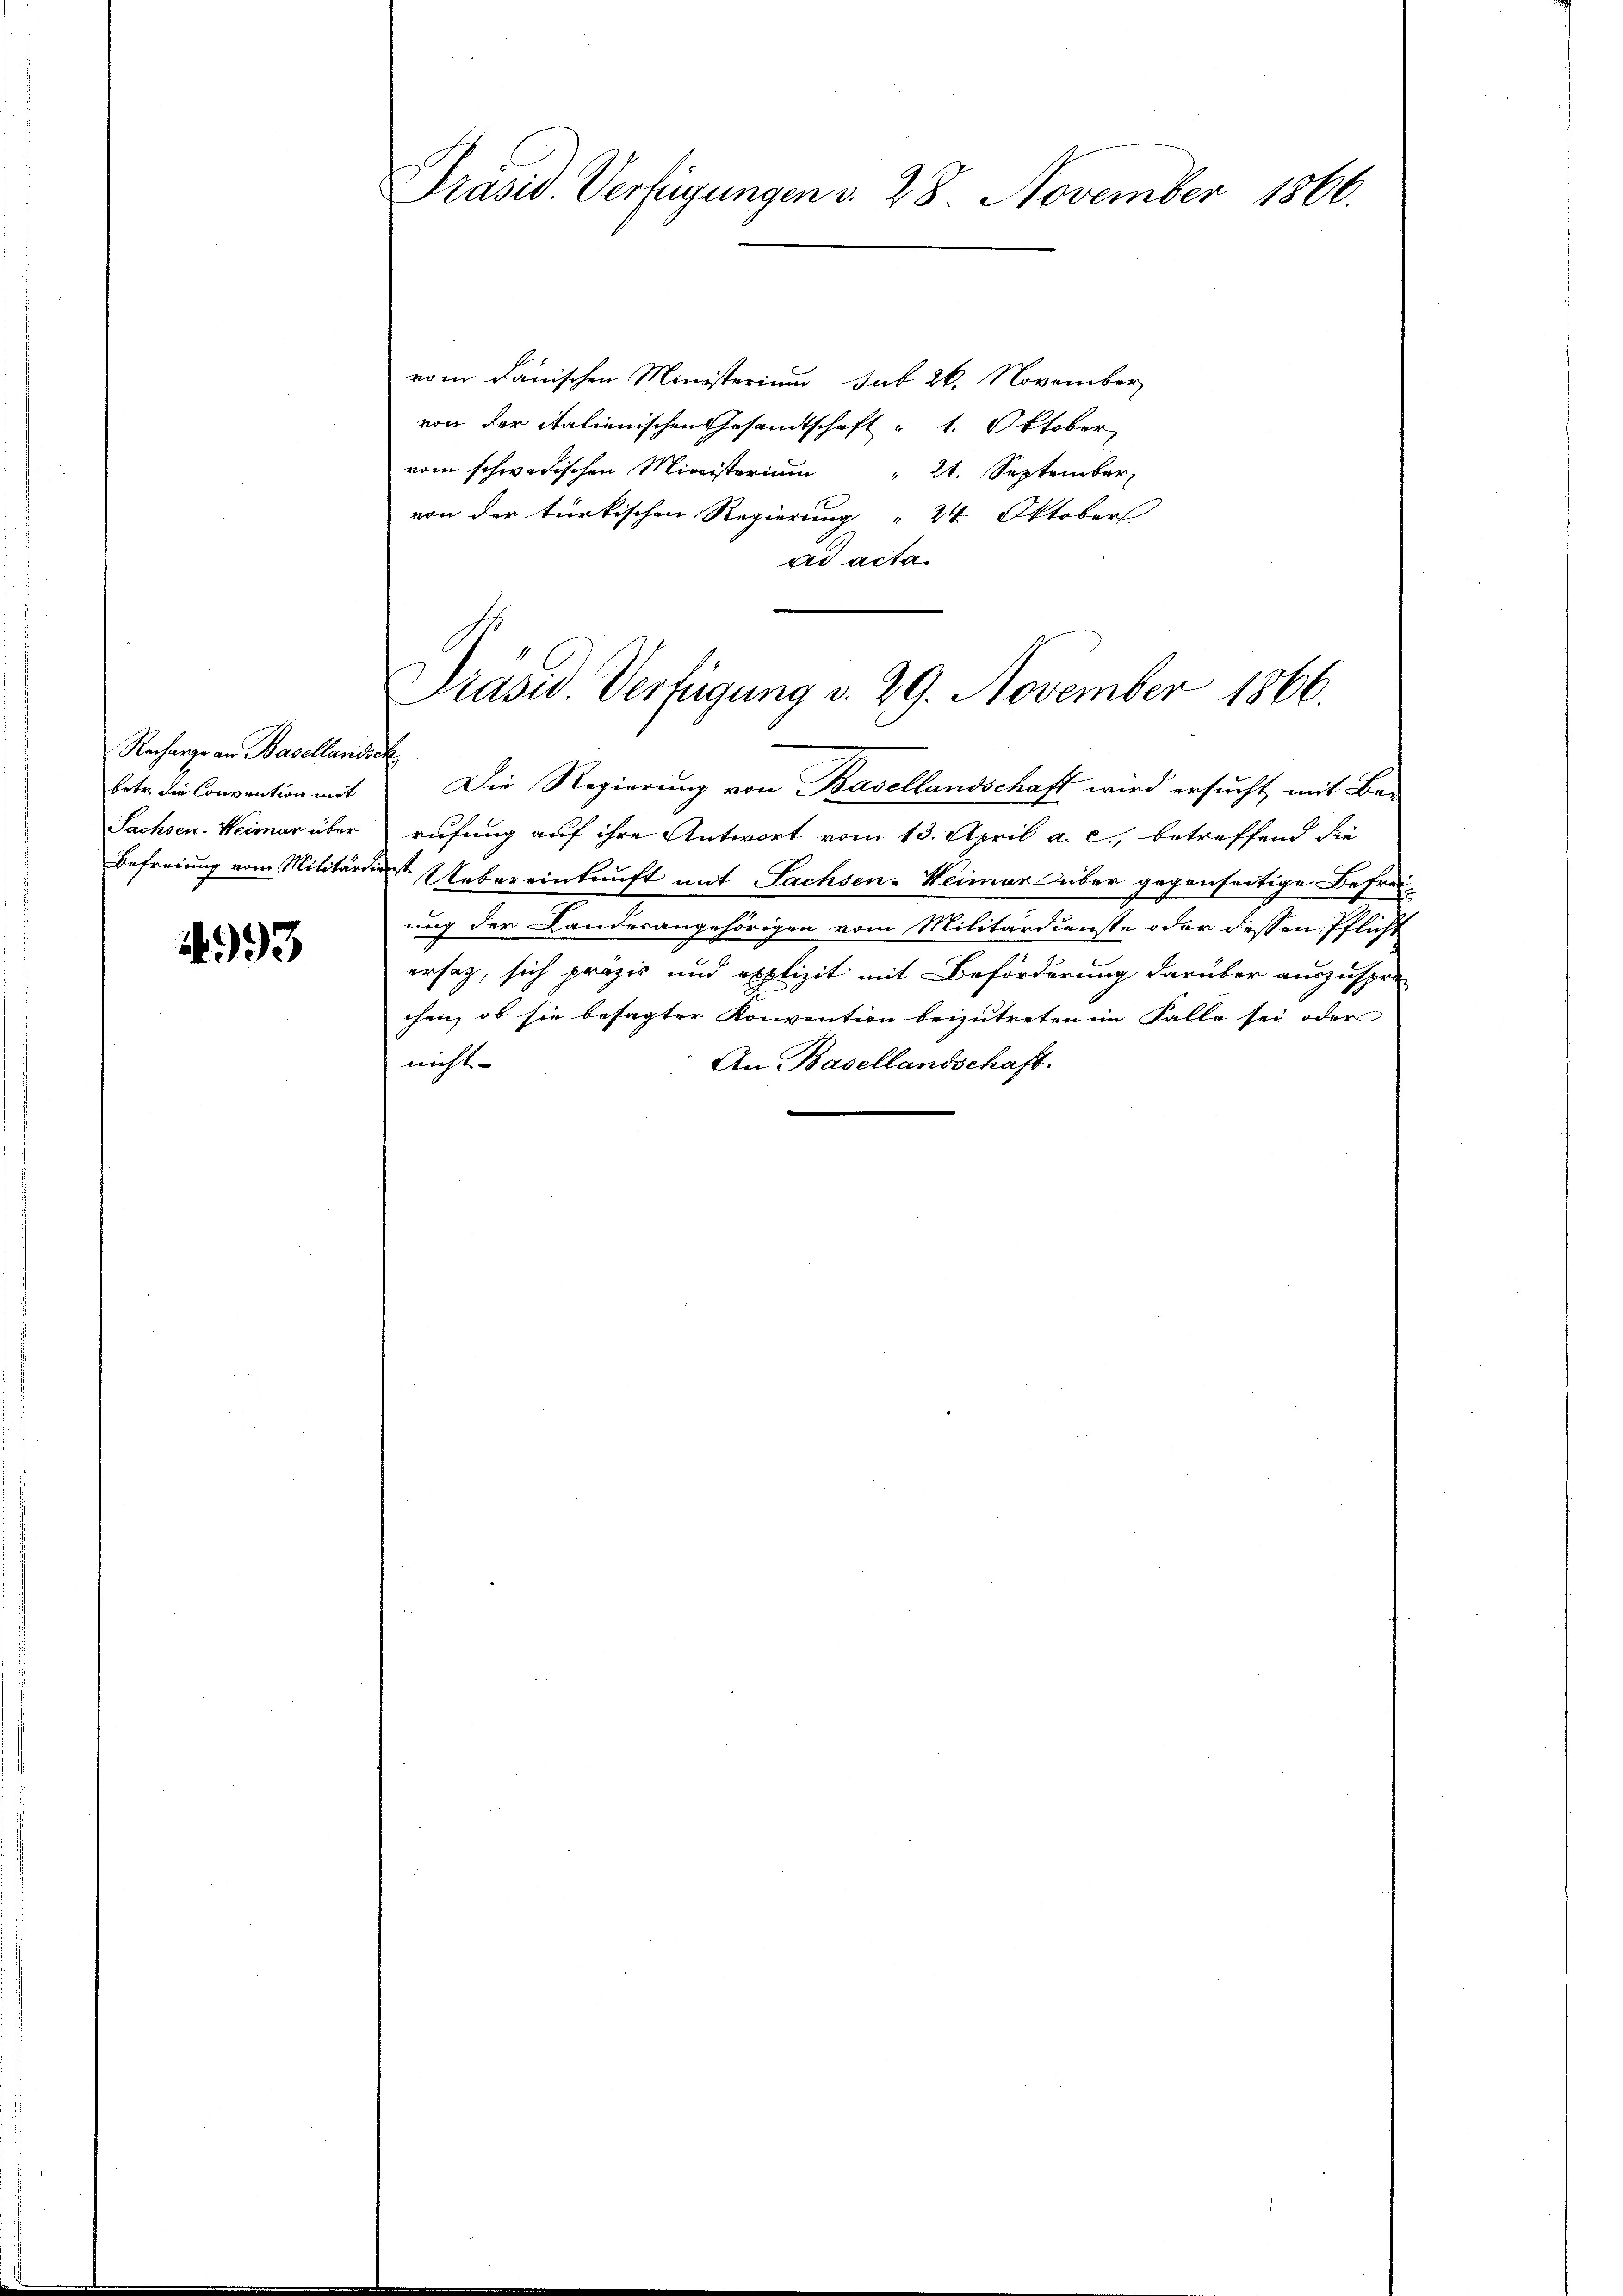
Recharge an Basellandick
betr. die Convention mit
Sachsen-Weimar über

1993

Präsid. Verfügungen v. 28 November 1866.

vom dänischen Ministerium, sub 26. November
von der italienischen Gesandtschaft : 1. Oktober,
vom schwedischen Ministerium" 21. September,
von der türkischen Regierung 24. Oktobers
ad acta
Die Regierung von Basellandschaft wird ersucht, mit Berufung auf ihre Antwort vom 13. April a. c., betreffend die
Befreiung vom Militärdient. Uebereinkunft mit Sachsen-Weimar über gegenseitige Befreiung der Landesangehörigen vom Militärdienste oder dessen Pflicht
ersatz, sich präzis und explizit mit Beförderung darüber auszuspre-
chen, ob sie besagter Konvention beizutreten im Falle sei oder
nicht
An Basellandschaft.

Präsid. Verfügung d. 29. November 1866.